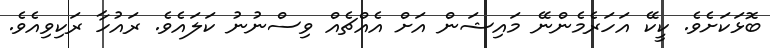
ބޮޅަކަށެވެ. ކީކޭ އަހަރެމެންނޭ މައިޝަން އަށް އެއްޗެއް ވިސްނުނު ކަަލައެވެ. ރައުހާ ރަކިވިއެވެ.